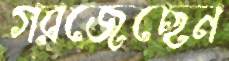
গরজেছেন